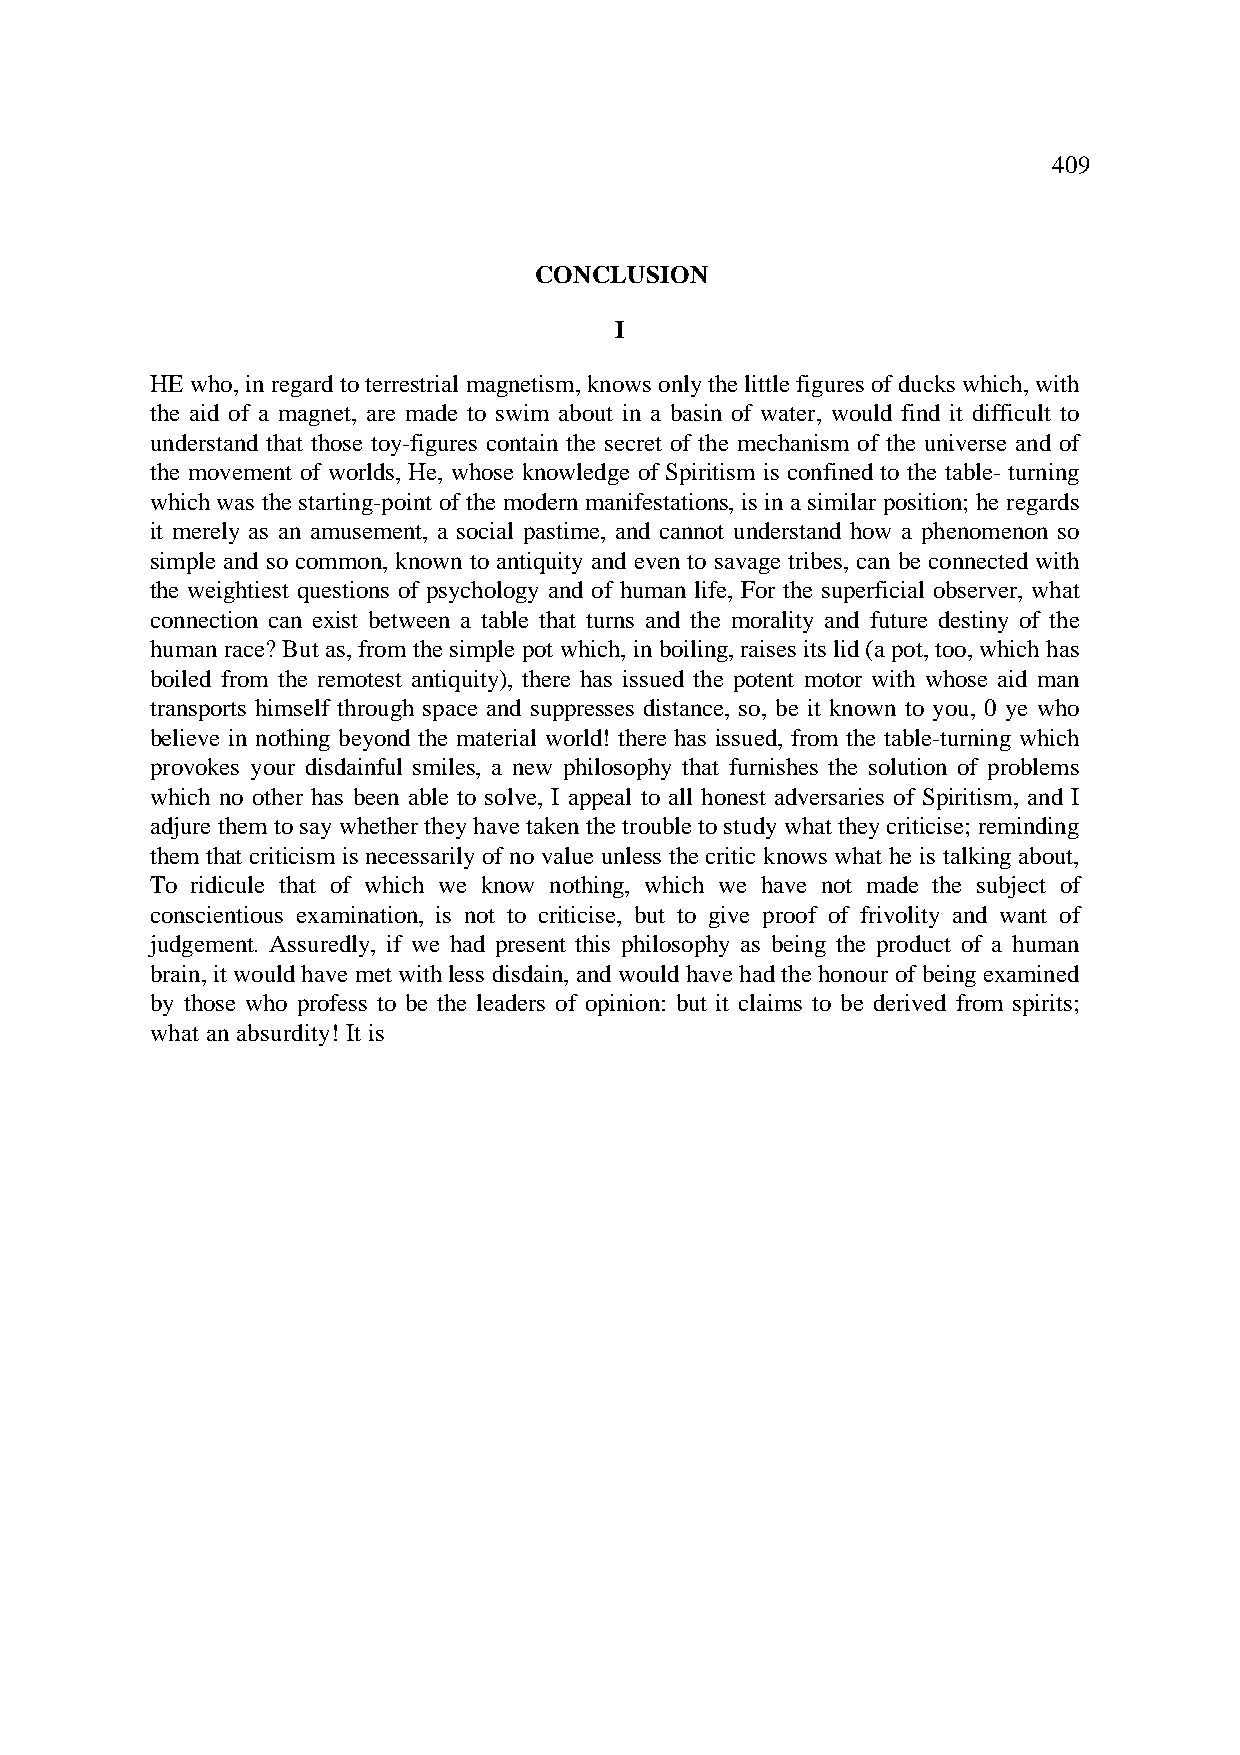
409
 CONCLUSION
 I
 HE who, in regard to terrestrial magnetism, knows only the little figures of ducks which, with
 the aid of a magnet, are made to swim about in a basin of water, would find it difficult to
 understand that those toy-figures contain the secret of the mechanism of the universe and of
 the movement of worlds, He, whose knowledge of Spiritism is confined to the table- turning
 which was the starting-point of the modern manifestations, is in a similar position; he regards
 it merely as an amusement, a social pastime, and cannot understand how a phenomenon so
 simple and so common, known to antiquity and even to savage tribes, can be connected with
 the weightiest questions of psychology and of human life, For the superficial observer, what
 connection can exist between a table that turns and the morality and future destiny of the
 human race? But as, from the simple pot which, in boiling, raises its lid (a pot, too, which has
 boiled from the remotest antiquity), there has issued the potent motor with whose aid man
 transports himself through space and suppresses distance, so, be it known to you, 0 ye who
 believe in nothing beyond the material world! there has issued, from the table-turning which
 provokes your disdainful smiles, a new philosophy that furnishes the solution of problems
 which no other has been able to solve, I appeal to all honest adversaries of Spiritism, and I
 adjure them to say whether they have taken the trouble to study what they criticise; reminding
 them that criticism is necessarily of no value unless the critic knows what he is talking about,
 To ridicule that of which we know nothing, which we have not made the subject of
 conscientious examination, is not to criticise, but to give proof of frivolity and want of
 judgement. Assuredly, if we had present this philosophy as being the product of a human
 brain, it would have met with less disdain, and would have had the honour of being examined
 by those who profess to be the leaders of opinion: but it claims to be derived from spirits;
 what an absurdity! It is